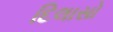
દિલાસો